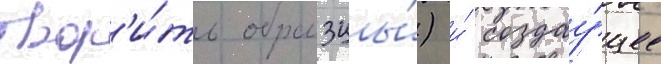
твор'и́ть образцы́) и́ создау́щее